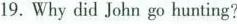
19. Why did John go hunting?